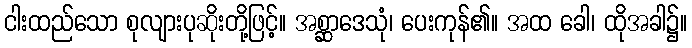
ငါးထည်သော စုလျားပုဆိုးတို့ဖြင့်။ အစ္ဆာဒေသုံ၊ ပေးကုန်၏။ အထ ခေါ၊ ထိုအခါ၌။